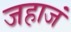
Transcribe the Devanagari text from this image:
जहाजं